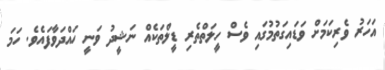
އަހަރު ވެރިކަމަށް ވަޑައިގަތުމުގައި ވެސް ހީލަތްތެރި ޑީލްތަކެއް ނަޝީދު ވަނީ ހައްދަވާފައެވެ. ހަމަ